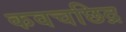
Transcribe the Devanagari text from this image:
कवचछिद्र